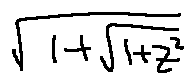
\sqrt { 1 + \sqrt { 1 + z ^ { 2 } } }